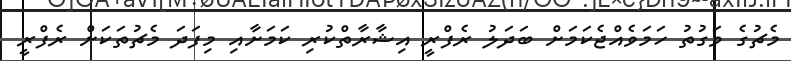
މެޗުގެ ވަގުތު ހަމަވެއްޖެކަމަށް ބަދަލު ރެފްރީ އިޝާރާތްކުރި ކަމަށާއި މިފަދަ މެޗުތަކަށް ރެފްރީ